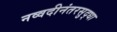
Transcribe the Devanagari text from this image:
नव्वदीनंतरसुद्धा